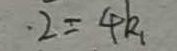
2 = 4 k _ { 1 }